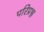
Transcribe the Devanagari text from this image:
परिप्रश्न